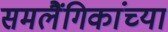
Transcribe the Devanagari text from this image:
समलैंगिकांच्या